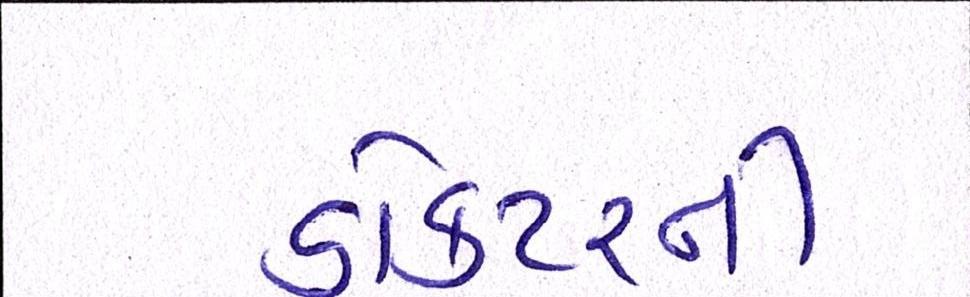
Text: ડોક્ટરની